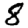
Digit: 8